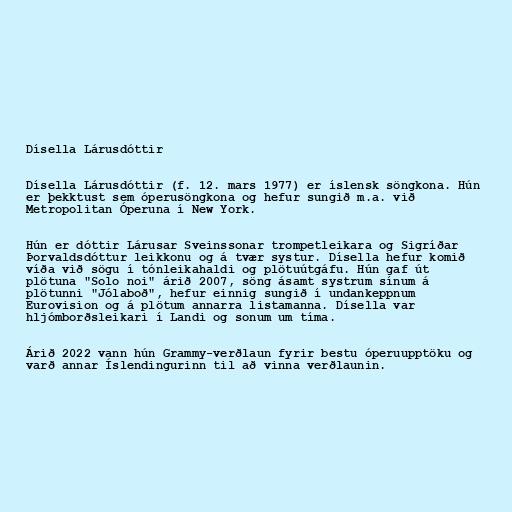
Dísella Lárusdóttir

Dísella Lárusdóttir (f. 12. mars 1977) er íslensk söngkona. Hún
er þekktust sem óperusöngkona og hefur sungið m.a. við
Metropolitan Óperuna í New York.

Hún er dóttir Lárusar Sveinssonar trompetleikara og Sigríðar
Þorvaldsdóttur leikkonu og á tvær systur. Dísella hefur komið
víða við sögu í tónleikahaldi og plötuútgáfu. Hún gaf út
plötuna "Solo noi" árið 2007, söng ásamt systrum sínum á
plötunni "Jólaboð", hefur einnig sungið í undankeppnum
Eurovision og á plötum annarra listamanna. Dísella var
hljómborðsleikari í Landi og sonum um tíma.

Árið 2022 vann hún Grammy-verðlaun fyrir bestu óperuupptöku og
varð annar Íslendingurinn til að vinna verðlaunin.